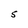
Character: S